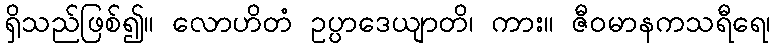
ရှိသည်ဖြစ်၍။ လောဟိတံ ဥပ္ပာဒေယျာတိ၊ ကား။ ဇီဝမာနကသရီရေ၊